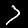
Digit: 7